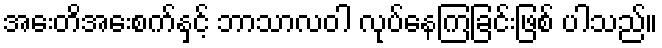
အေးတိအေးစက်နှင့် ဘာသာလဝါ လုပ်နေကြခြင်းဖြစ် ပါသည်။